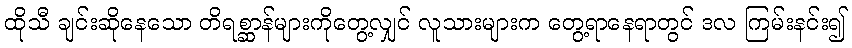
ထိုသီ ချင်းဆိုနေသော တိရစ္ဆာန်များကိုတွေ့လျှင် လူသားများက တွေ့ရာနေရာတွင် ဒလ ကြမ်းနင်း၍